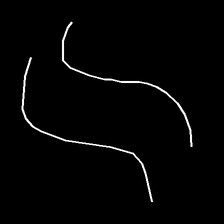
Glyph: float